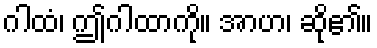
ဂါထံ၊ ဤဂါထာကို။ အာဟ၊ ဆို၏။